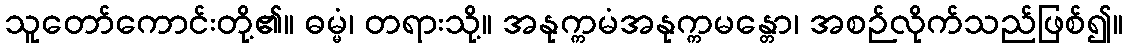
သူတော်ကောင်းတို့၏။ ဓမ္မံ၊ တရားသို့။ အနုက္ကမံအနုက္ကမန္တော၊ အစဉ်လိုက်သည်ဖြစ်၍။